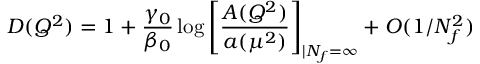
D ( Q ^ { 2 } ) = 1 + { \frac { \gamma _ { 0 } } { \beta _ { 0 } } } \log \left[ { \frac { A ( Q ^ { 2 } ) } { a ( \mu ^ { 2 } ) } } \right] _ { \vert { N _ { f } = \infty } } + { \cal O } ( 1 / N _ { f } ^ { 2 } )